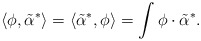
\begin{align*}\langle \phi, \tilde{\alpha}^* \rangle =\langle \tilde{\alpha}^*, \phi \rangle =\int \phi\cdot \tilde{\alpha}^* .\end{align*}